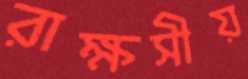
রাক্ষসীয়